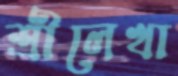
শ্রীলেখা